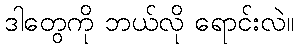
ဒါတွေကို ဘယ်လို ရောင်းလဲ။